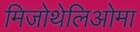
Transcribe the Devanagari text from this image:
मिजोथेलिओमा